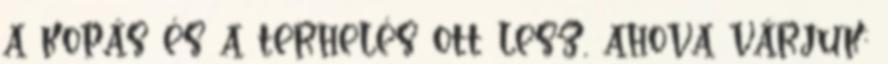
a kopás és a terhelés ott lesz, ahova várjuk: